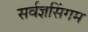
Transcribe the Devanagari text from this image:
सर्वज्ञसिंगम